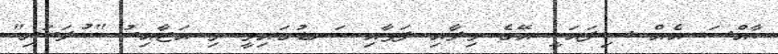
ހާއްސަ އެއް ސިފައަކީ އޭގެ ވިލާއި ފަޅާއި ކަނޑުގައިވީ މި އަޖާއިބު "ކުލަބަރި"